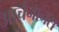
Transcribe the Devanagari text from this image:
आर्चनानस